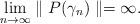
LaTeX: \begin{align*}\lim_{n\rightarrow\infty}\parallel P(\gamma_{n})\parallel=\infty.\end{align*}